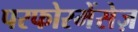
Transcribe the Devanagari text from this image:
परफोरमेंसेज़